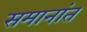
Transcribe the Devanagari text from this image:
समानांत